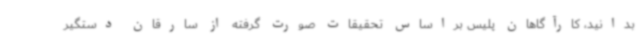
بدانید، کارآگاهان پلیس براساس تحقیقات صورت گرفته از سارقان دستگیر